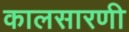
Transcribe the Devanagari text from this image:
कालसारणी